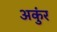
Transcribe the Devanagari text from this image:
अकुंर